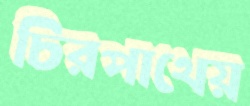
চিরপাথেয়